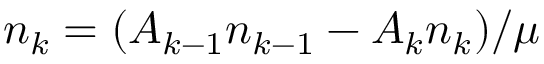
n _ { k } = ( A _ { k - 1 } n _ { k - 1 } - A _ { k } n _ { k } ) / \mu